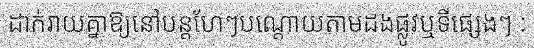
ដាក់រាយគ្នាឱ្យនៅបន្តហែៗបណ្តោយតាមដងផ្លូវឬទីផ្សេងៗ :